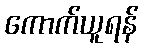
ကောက်ယူရန်